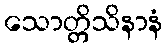
သောတ္တိသိနာနံ